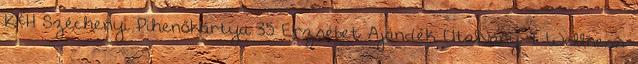
K&H Széchenyi Pihenőkártya 35 Erzsébet Ajándék Utalvány 7 Wellness